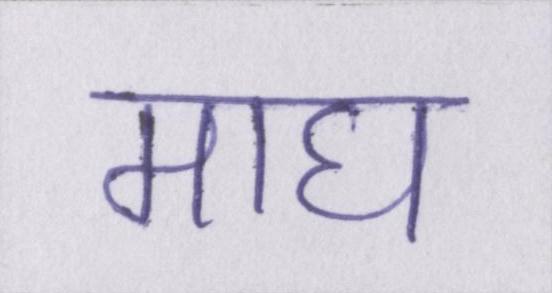
माघ